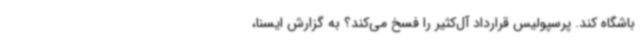
باشگاه کند. پرسپولیس قرارداد آل‌کثیر را فسخ می‌کند؟ به گزارش ایسنا،